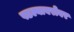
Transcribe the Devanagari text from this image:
पडल्याबरोबर